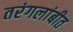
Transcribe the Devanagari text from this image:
तरंगलांबीत